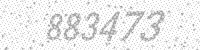
Solution: 883473